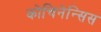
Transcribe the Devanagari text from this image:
कोचिनेन्सिस